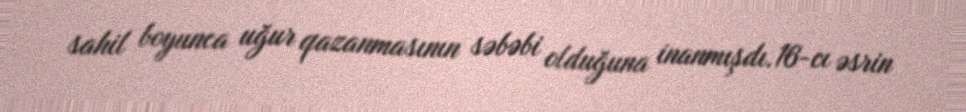
sahil boyunca uğur qazanmasının səbəbi olduğuna inanmışdı.16-cı əsrin